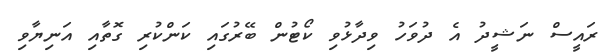
ރައީސް ނަޝީދު އެ ދުވަހު ވިދާޅުވި ކޯޓުން ބޭރުގައި ކަންކުރި ގޮތާއި އަނިޔާވި